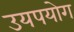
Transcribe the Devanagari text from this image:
उयपयोग